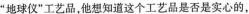
”地球仪”工艺品，他想知道这个工艺品是否是实心的，